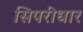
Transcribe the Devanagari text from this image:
सिपरीधार